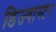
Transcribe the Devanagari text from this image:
डिज्यास्टर